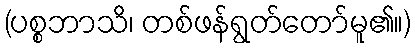
(ပစ္စဘာသိ၊ တစ်ဖန်ရွတ်တော်မူ၏။)